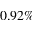
0 . 9 2 \%